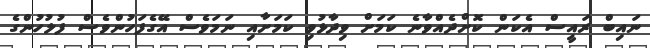
ނައިބް ރައީސް އެކަން ކޮށްދެއްވާނެ ކަމަށް ވިދާޅުވި ކަމަށާއި ނަމަވެސް އޭގެފަހުންވެސް ފުލުހުންގެ